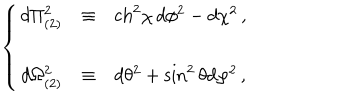
\left\{ \begin{array} { r c l } { { d \Pi _ { ( 2 ) } ^ { 2 } } } & { { \equiv } } & { { \mathrm { c h } ^ { 2 } \chi \, d \phi ^ { 2 } - d \chi ^ { 2 } \, , } } \\ { { } } & { { } } & { { } } \\ { { d \Omega _ { ( 2 ) } ^ { 2 } } } & { { \equiv } } & { { d \theta ^ { 2 } + \sin ^ { 2 } { \theta } d \varphi ^ { 2 } \, , } } \\ \end{array} \right.